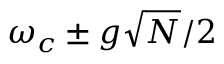
\omega _ { c } \pm g \sqrt { N } / 2